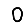
Digit: 0